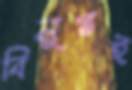
বিলুপ্তই